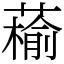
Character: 䕆